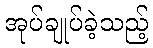
အုပ်ချုပ်ခဲ့သည့်